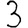
Digit: 3